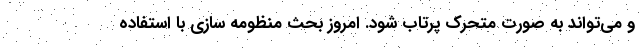
و می‌تواند به صورت متحرک پرتاب شود. امروز بحث منظومه سازی با استفاده